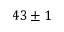
4 3 \pm 1